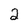
Character: 2